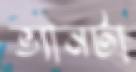
ভ্যানটা